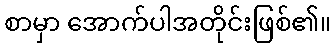
စာမှာ အောက်ပါအတိုင်းဖြစ်၏။